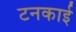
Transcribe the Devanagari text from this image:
टनकाई